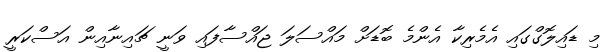
މި ޑައިލޮގްގައި އެމެރިކާ އެންމެ ބޮޑަށް މައްސަލަ ޖައްސާފައި ވަނީ ޗައިނާއިން އަސްކަރީ